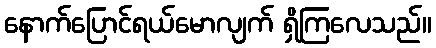
နောက်ပြောင်ရယ်မောလျက် ရှိကြလေသည်။